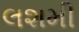
લશમી